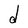
Character: d